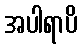
အပါရာပိ